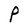
Character: P